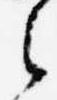
之